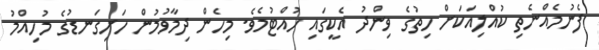
ފެނުމެއްނެތި ކުއްލިއަކަށް ހިތުގެ ވިންދު އެކީގައި ހުއްޓުމެވެ. މިހެން ދިމާވުމުން ހަށިގަނޑުގެ މުހިއްމު